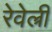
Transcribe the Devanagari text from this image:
रेवेल्री